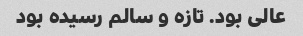
عالی بود. تازه و سالم رسیده بود